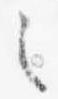
之